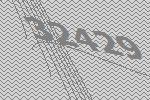
32429